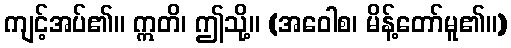
ကျင့်အပ်၏။ ဣတိ၊ ဤသို့။ (အဝေါစ၊ မိန့်တော်မူ၏။)